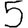
Digit: 5